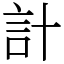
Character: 計